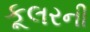
કૂલરની